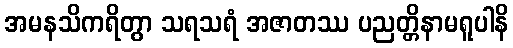
အမနသိကရိတွာ သရသရံ အဇာတဿ ပညတ္တိနာမရူပါနိ